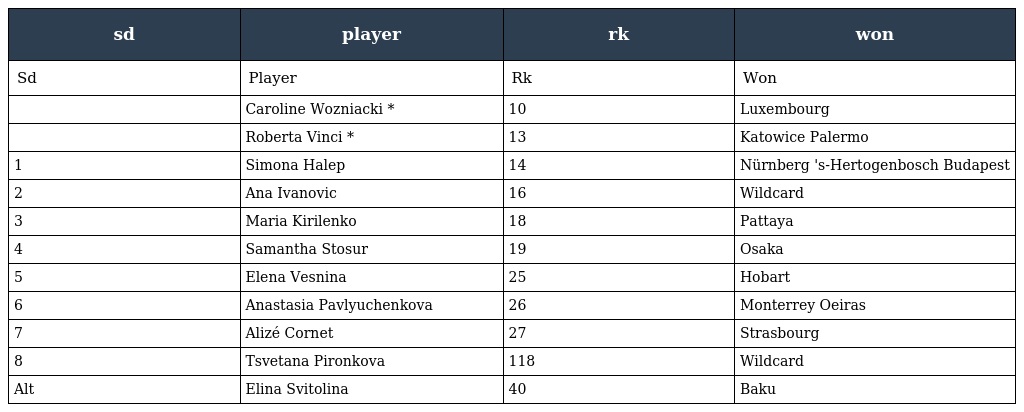
| sd | player | rk | won |
 | --- | --- | --- | --- |
 | Sd | Player | Rk | Won |
 |  | Caroline Wozniacki * | 10 | Luxembourg |
 |  | Roberta Vinci * | 13 | Katowice Palermo |
 | 1 | Simona Halep | 14 | Nürnberg 's-Hertogenbosch Budapest |
 | 2 | Ana Ivanovic | 16 | Wildcard |
 | 3 | Maria Kirilenko | 18 | Pattaya |
 | 4 | Samantha Stosur | 19 | Osaka |
 | 5 | Elena Vesnina | 25 | Hobart |
 | 6 | Anastasia Pavlyuchenkova | 26 | Monterrey Oeiras |
 | 7 | Alizé Cornet | 27 | Strasbourg |
 | 8 | Tsvetana Pironkova | 118 | Wildcard |
 | Alt | Elina Svitolina | 40 | Baku |